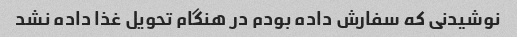
نوشیدنی که سفارش داده بودم در هنگام تحویل غذا داده نشد